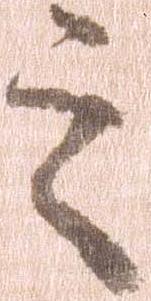
之